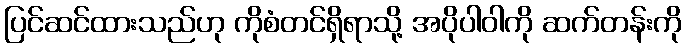
ပြင်ဆင်ထားသည်ဟု ကိုစံတင်ရှိရာသို့ အပိုပါဝါကို ဆက်တန်းကို